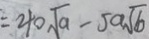
= 4 0 \sqrt { a } - 5 a \sqrt { b }